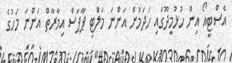
އެސްޓީއޯ އިން ހުޅުމީދޫގައި ހަދަމުން އަންނަ މަލްޓި ޕާޕަސް އިމާރާތް އަންނަ މަހުގެ